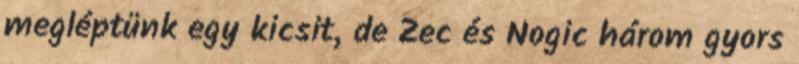
megléptünk egy kicsit, de Zec és Nogic három gyors